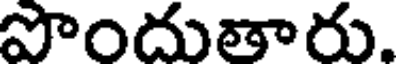
పొందుతారు.